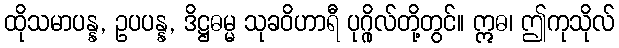
ထိုသမာပန္န, ဥပပန္န, ဒိဋ္ဌဓမ္မ သုခဝိဟာရီ ပုဂ္ဂိုလ်တို့တွင်။ ဣဓ၊ ဤကုသိုလ်